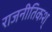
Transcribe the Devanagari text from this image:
राजनीतिकश्